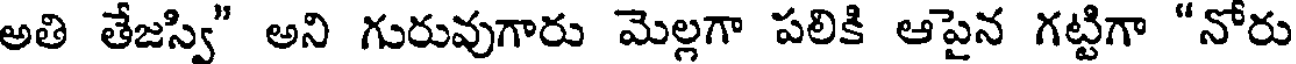
అతి తేజస్వి" అని గురువుగారు మెల్లగా పలికి ఆపైన గట్టిగా "నోరు